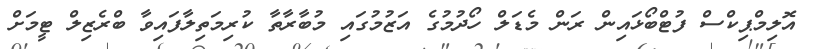
އޮލިމްޕިކްސް ފުޓްބޯޅައިން ރަން މެޑަލް ހޯދުމުގެ އަޒުމުގައި މުބާރާތާ ކުރިމަތިލާފައިވާ ބްރެޒިލް ޓީމަށް